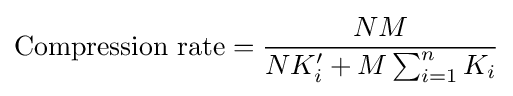
{\text{Compression rate}}={\frac {NM}{NK'_{i}+M\sum _{i=1}^{n}K_{i}}}